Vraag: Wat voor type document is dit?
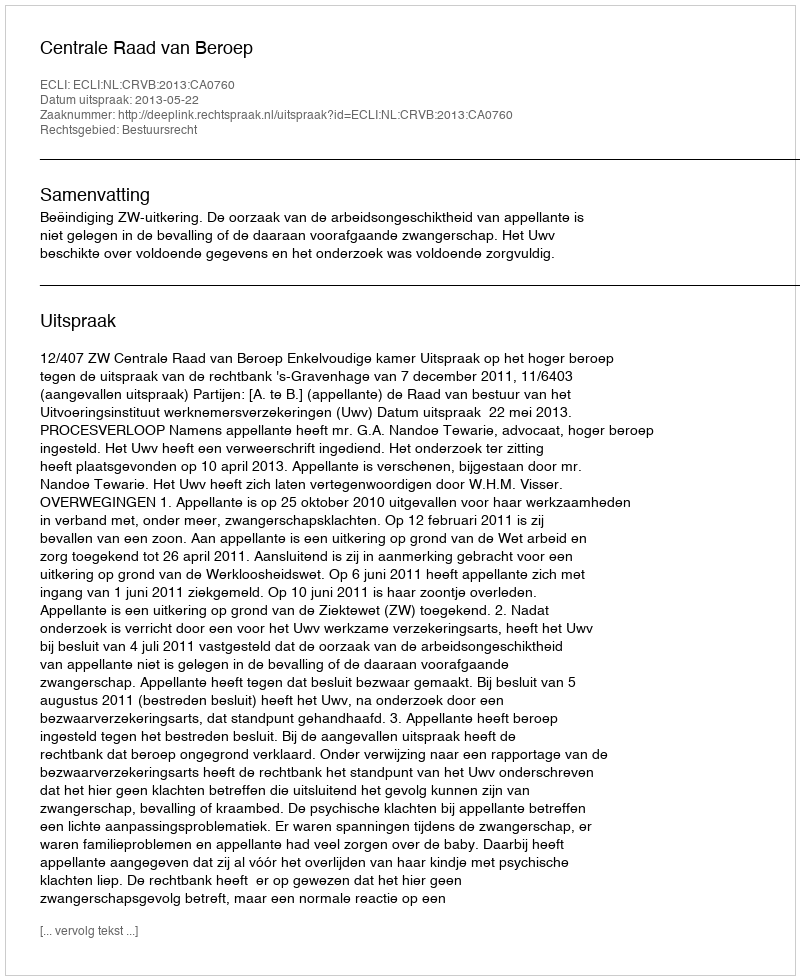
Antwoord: Uitspraak